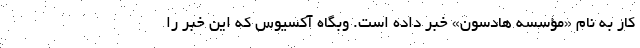
کار به نام «مؤسسه هادسون» خبر داده است. وبگاه آکسیوس که این خبر را